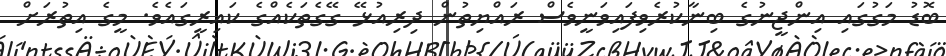
ބޮޑު މަގުގައި އިންޖީނުގެ ބިނާކުރެވިފައިވަނީވެސް ރައްޔިތުން ދިރިއުޅޭ ގޭގެތަކެއްގެ ކައިރީގައެވެ. މީގެ އިތުރަށް